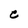
Character: C